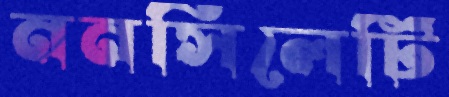
ননসিলেটি